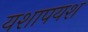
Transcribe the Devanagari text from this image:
यशापयश